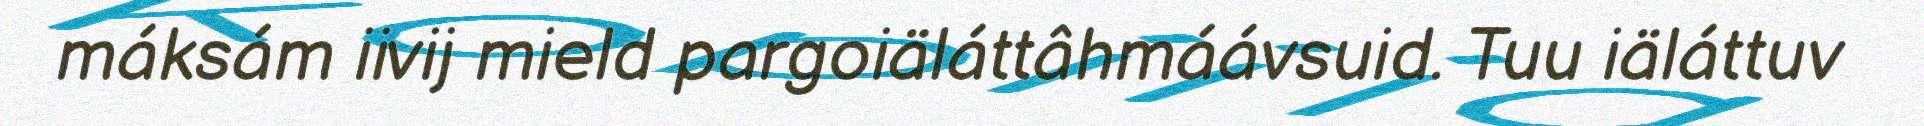
máksám iivij mield pargoiäláttâhmáávsuid. Tuu iäláttuv